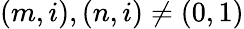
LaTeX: (m,i),(n,i)\not=(0,1)